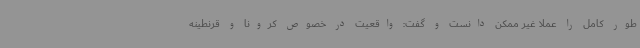
طور کامل را عملا غیر ممکن دانست و گفت: واقعیت در خصوص کرونا و قرنطینه